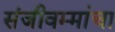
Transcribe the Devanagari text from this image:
संजीवम्मांचा